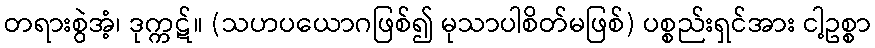
တရားစွဲအံ့၊ ဒုက္ကဋ်။ (သဟပယောဂဖြစ်၍ မုသာပါစိတ်မဖြစ်) ပစ္စည်းရှင်အား ငါ့ဥစ္စာ